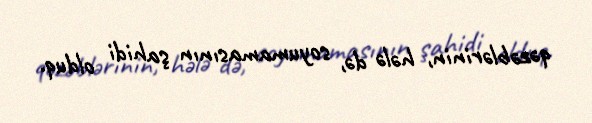
qəzəblərinin, hələ də, soyumamasının şahidi olduq.